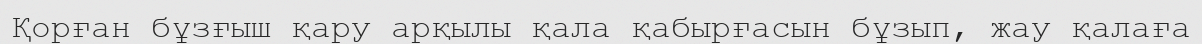
Қорған бұзғыш қару арқылы қала қабырғасын бұзып, жау қалаға